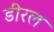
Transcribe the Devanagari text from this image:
डीरल